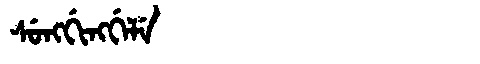
Manchu: ᠰᡠᠩᡤᡳᠩᡤᡝᠯᡝ
Romanization: SUNGGINGGELE